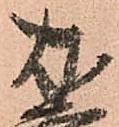
友